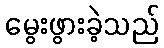
မွေးဖွားခဲ့သည်